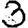
Digit: 3